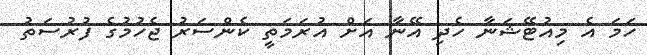
ހަމަ އެ މިއުޓޭޝަނާ ހެދި އޭނާ އަށް އުރަމަތީ ކެންސަރު ޖެހުމުގެ ފުރުސަތު